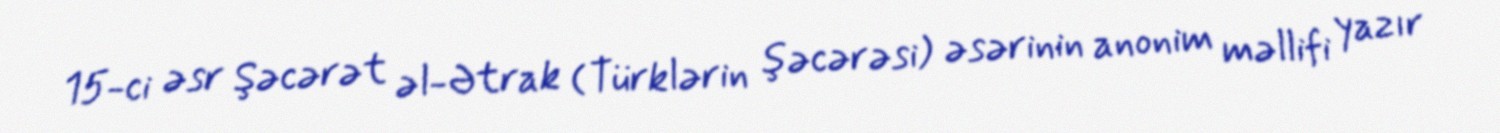
15-ci əsr Şəcərət əl-Ətrak (Türklərin şəcərəsi) əsərinin anonim məllifi yazır